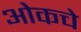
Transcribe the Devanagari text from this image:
ओकचे